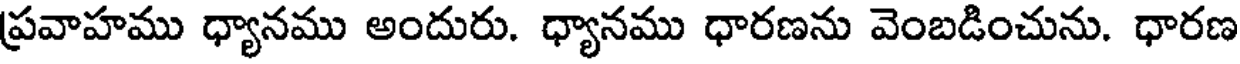
ప్రవాహము ధ్యానము అందురు. ధ్యానము ధారణను వెంబడించును. ధారణ